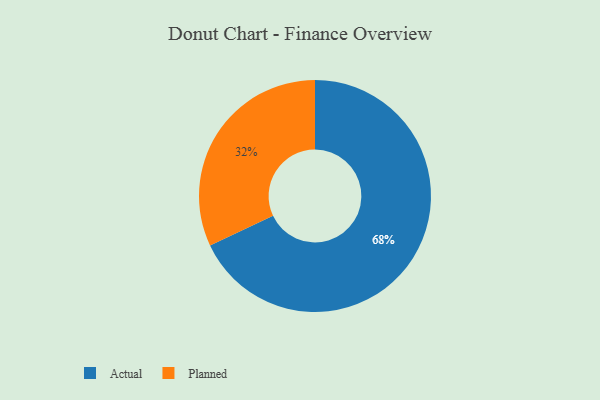
{"axis": {"x": "Category", "y": "Percentage"}, "legend": ["Actual", "Planned"], "data": [{"x": "Actual", "y": 68, "type": "Actual"}, {"x": "Planned", "y": 32, "type": "Planned"}]}